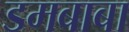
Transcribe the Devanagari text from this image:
डमबाबा